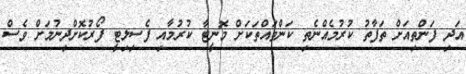
އަދި ފަންތިއަށް ތަފާތު ކުރުމެއްނެތި ކަންތައްތަކަށް މޮނީޓާ ކުރުމާއި ފެސިލިޓީ ފޯރުކޮށްދިނުމަށް ވެސް